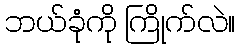
ဘယ်ခုံကို ကြိုက်လဲ။